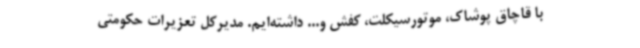
با قاچاق پوشاک، موتورسیکلت، کفش و... داشته‌ایم. مدیرکل تعزیرات حکومتی